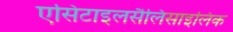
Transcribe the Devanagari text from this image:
एसिटाइलसैलिसाइलिक